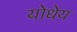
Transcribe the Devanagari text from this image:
योधेय